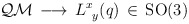
\begin{align*}\mathcal{QM} \, \longrightarrow \, L^x_{\phantom{x}y} (q)\, \in \, \mathrm{SO(3)}\end{align*}